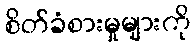
စိတ်ခံစားမှုများကို